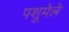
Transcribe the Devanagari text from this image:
पशुमेले